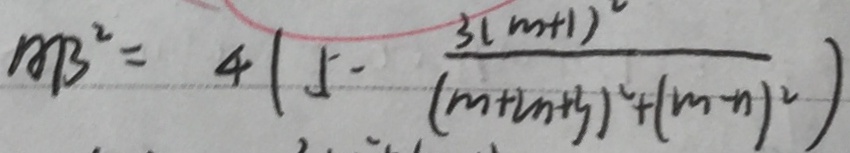
A B ^ { 2 } = 4 ( 5 - \frac { 3 ( m + 1 ) ^ { 2 } } { ( m + 2 n + 3 ) ^ { 2 } + ( m - n ) ^ { 2 } } )